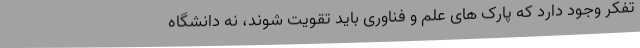
تفکر وجود دارد که پارک های علم و فناوری باید تقویت شوند، نه دانشگاه